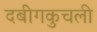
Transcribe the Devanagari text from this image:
दबीगकुचली